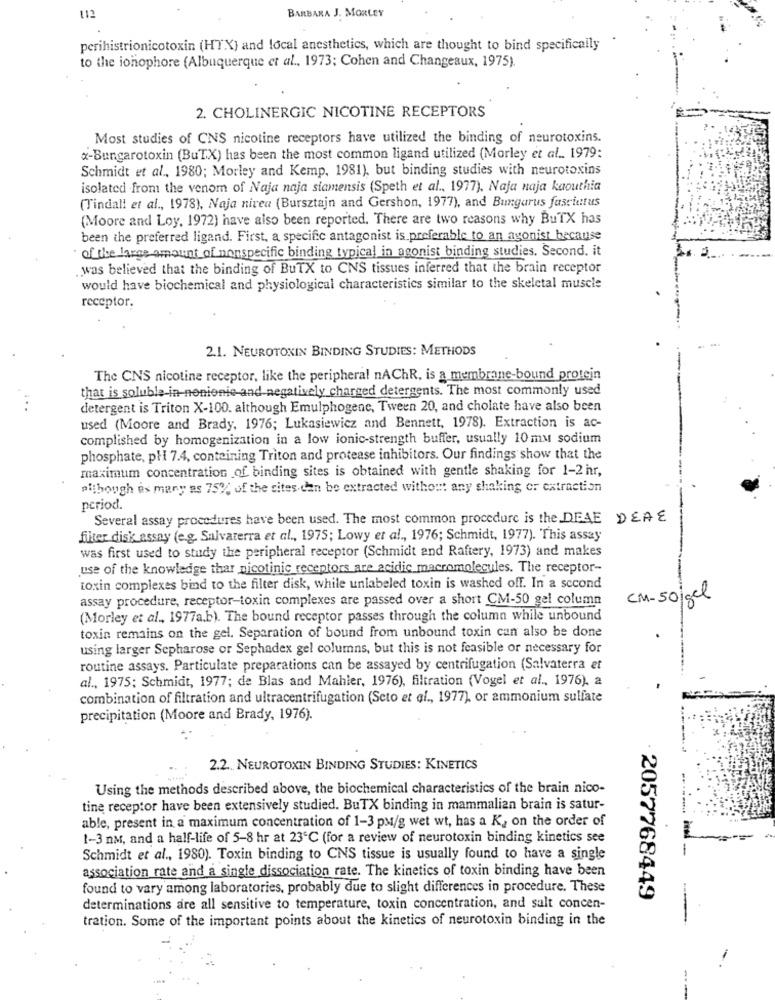
BARBARA J. MORLEY
112
perihistrionicotoxin (HTX) and local anesthetics, which are thought to bind specifically
to the ionophore (Albuquerque et al ., 1973; Cohen and Changeaux, 1975).
2. CHOLINERGIC NICOTINE RECEPTORS
Most studies of CNS nicotine receptors have utilized the binding of neurotoxins.
x-Bungarotoxin (BuTX) has been the most common ligand utilized (Morley et al .. 1979:
Schmidt et al ., 1980; Morley and Kemp, 1981), but binding studies with neurotoxins
isolated from the venom of Naja naja siamensis (Speth et al ., 1977), Naja naja kaouthia
(Tindall et al ., 1978), Naja nivea (Bursztajn and Gershon, 1977), and Bungarus fasciatus
(Moore and Loy, 1972) have also been reported. There are two reasons why BuTX has
been the preferred ligand. First, a specific antagonist is preferable to an agonist because
of the large amount of nonspecific binding typical in agonist binding studies. Second. it
was believed that the binding of BuTX to CNS tissues inferred that the brain receptor
would have biochemical and physiological characteristics similar to the skeletal muscle
receptor.
2.1. NEUROTOXIN BINDING STUDIES: METHODS
The CNS nicotine receptor, like the peripheral nAChR, is a membrane-bound protein
that is soluble-in-nenienie and negatively charged detergents. The most commonly used
detergent is Triton X-100. although Emulphogene, Tween 20, and cholate have also been
used (Moore and Brady, 1976; Lukasiewicz and Bennett, 1978). Extraction is ac-
complished by homogenization in a low ionic-strength buffer, usually 10 mm sodium
phosphate, pH 7.4, containing Triton and protease inhibitors. Our findings show that the
maximum concentration of binding sites is obtained with gentle shaking for 1-2 hr,
pithough os many as 75% of the sites-can be extracted without any shaking or extraction
period.
Several assay procedures have been used. The most common procedure is the DEAE DEAE
filter disk assay (e.g. Salvaterra et al ., 1975; Lowy et al ., 1976; Schmidt, 1977). This assay
was first used to study the peripheral receptor (Schmidt and Raftery, 1973) and makes
use of the knowledge thar nicotinic receptors are acidic macromolecules. The receptor-
toxin complexes bind to the filter disk, while unlabeled toxin is washed off. In a second
assay procedure, receptor-toxin complexes are passed over a short CM-50 gel column
CM-50/gel
(Morley et al ., 1977a.b). The bound receptor passes through the column while unbound
toxin remains on the gel. Separation of bound from unbound toxin can also be done
using larger Sepharose or Sephadex gel columns, but this is not feasible or necessary for
routine assays. Particulate preparations can be assayed by centrifugation (Salvaterra et
al ., 1975; Schmidt, 1977; de Blas and Mahler, 1976), filtration (Vogel et al ., 1976). a
combination of filtration and ultracentrifugation (Seto et al ., 1977), or ammonium sulfate
precipitation (Moore and Brady, 1976).
2.2 .. NEUROTOXIN BINDING STUDIES: KINETICS
Using the methods described above, the biochemical characteristics of the brain nico-
tine receptor have been extensively studied. BuTX binding in mammalian brain is satur-
able, present in a maximum concentration of 1-3 pM/g wet wt, has a K, on the order of
1-3 nM, and a half-life of 5-8 hr at 23℃ (for a review of neurotoxin binding kinetics see
Schmidt et al ., 1980). Toxin binding to CNS tissue is usually found to have a single
association rate and a single dissociation rate. The kinetics of toxin binding have been
found to vary among laboratories, probably due to slight differences in procedure. These
2057768449
determinations are all sensitive to temperature, toxin concentration, and salt concen-
tration. Some of the important points about the kinetics of neurotoxin binding in the
--